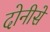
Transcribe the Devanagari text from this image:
दोनीसें